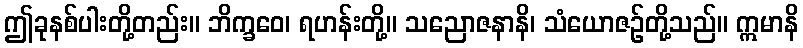
ဤခုနစ်ပါးတို့တည်း။ ဘိက္ခဝေ၊ ရဟန်းတို့။ သညောဇနာနိ၊ သံယောဇဉ်တို့သည်။ ဣမာနိ